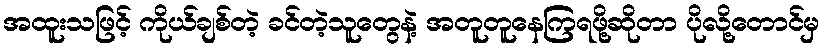
အထူးသဖြင့် ကိုယ်ချစ်တဲ့ ခင်တဲ့သူတွေနဲ့ အတူတူနေကြရဖို့ဆိုတာ ပိုလို့တောင်မှ